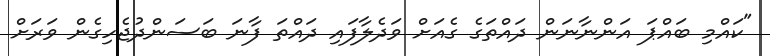
"ކައްމި ބައްޕަ އަންނާނަން ދައްތަގެ ގެއަށް ވަދެލާފައި ދައްތަ ފާނަ ބަސަންދުޖެހިގެން ވަރަށް